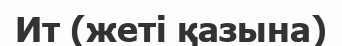
Ит (жеті қазына)